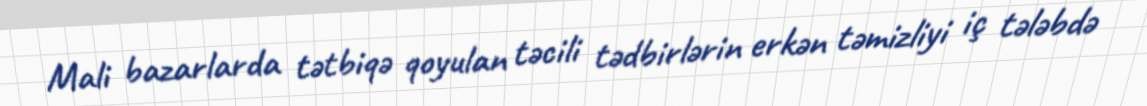
Mali bazarlarda tətbiqə qoyulan təcili tədbirlərin erkən təmizliyi iç tələbdə